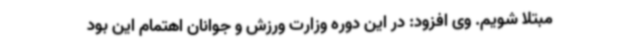
مبتلا شویم. وی افزود: در این دوره وزارت ورزش و جوانان اهتمام این بود